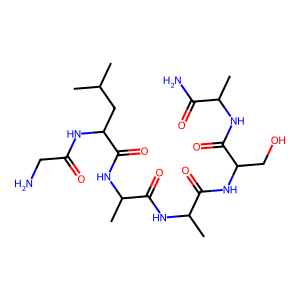
SMILES: CC(C)CC(NC(=O)CN)C(=O)NC(C)C(=O)NC(C)C(=O)NC(CO)C(=O)NC(C)C(N)=O
Inhibits HIV replication: No